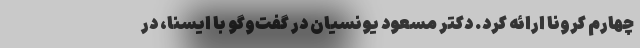
چهارم کرونا ارائه کرد. دکتر مسعود یونسیان در گفت‌وگو با ایسنا، در